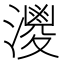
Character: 𱩗